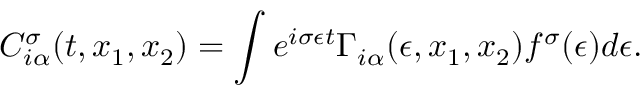
C _ { i \alpha } ^ { \sigma } ( t , x _ { 1 } , x _ { 2 } ) = \int e ^ { i \sigma \epsilon t } \Gamma _ { i \alpha } ( \epsilon , x _ { 1 } , x _ { 2 } ) f ^ { \sigma } ( \epsilon ) d \epsilon .